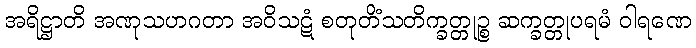
အရိဋ္ဌာတိ အဏုသဟဂတာ အဝိသဋံ စတုတိံသတိက္ခတ္တုဉ္စ ဆက္ခတ္တုပရမံ ဝါရဏေ